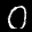
Label: 0